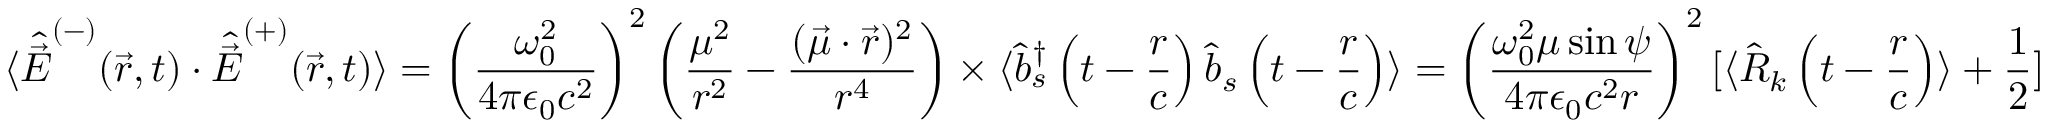
\langle { \hat { \vec { E } } } ^ { ( - ) } ( { \vec { r } } , t ) \cdot { \hat { \vec { E } } } ^ { ( + ) } ( { \vec { r } } , t ) \rangle = \left( { \frac { \omega _ { 0 } ^ { 2 } } { 4 \pi \epsilon _ { 0 } c ^ { 2 } } } \right) ^ { 2 } \left( { \frac { \mu ^ { 2 } } { r ^ { 2 } } } - { \frac { ( { \vec { \mu } } \cdot { \vec { r } } ) ^ { 2 } } { r ^ { 4 } } } \right) \times \langle { \hat { b } } _ { s } ^ { \dagger } \left( t - { \frac { r } { c } } \right) { \hat { b } } _ { s } \left( t - { \frac { r } { c } } \right) \rangle = \left( { \frac { \omega _ { 0 } ^ { 2 } \mu \sin \psi } { 4 \pi \epsilon _ { 0 } c ^ { 2 } r } } \right) ^ { 2 } [ \langle { \hat { R } } _ { k } \left( t - { \frac { r } { c } } \right) \rangle + { \frac { 1 } { 2 } } ]